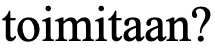
toimitaan?